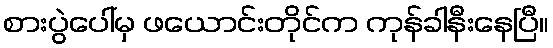
စားပွဲပေါ်မှ ဖယောင်းတိုင်က ကုန်ခါနီးနေပြီ။